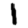
Digit: 1